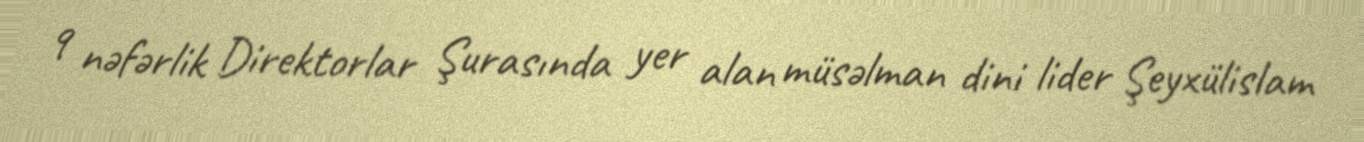
9 nəfərlik Direktorlar Şurasında yer alan müsəlman dini lider Şeyxülislam